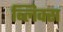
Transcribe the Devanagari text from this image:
ब्लिक्स